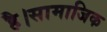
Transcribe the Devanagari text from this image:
है।सामाजिक